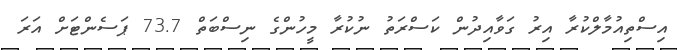
އިސްތިއުމާލްކުރާ އިރު ގަވާއިދުން ކަސްރަތު ނުކުރާ މީހުންގެ ނިސްބަތް 73.7 ޕަސެންޓަށް އަރަ